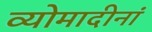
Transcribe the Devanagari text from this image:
व्योमादीनां